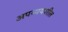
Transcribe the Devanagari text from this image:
अपव्ययशील